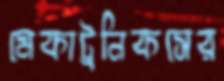
মেকাট্রনিকসের